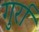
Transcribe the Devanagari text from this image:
गुर्रा